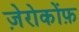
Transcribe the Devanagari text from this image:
ज़ेरोकोंफ़